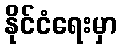
နိုင်ငံရေးမှာ